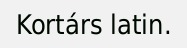
Kortárs latin.